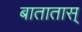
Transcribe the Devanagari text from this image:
बातातास्